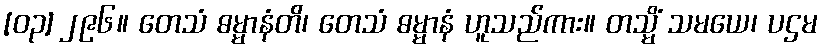
[၀၃] ၂၉၆။ တေသံ ဓမ္မာနံတိ၊ တေသံ ဓမ္မာနံ ဟူသည်ကား။ တသ္မိံ သမယေ၊ ပဌမ